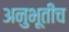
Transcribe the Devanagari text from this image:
अनुभूतीच